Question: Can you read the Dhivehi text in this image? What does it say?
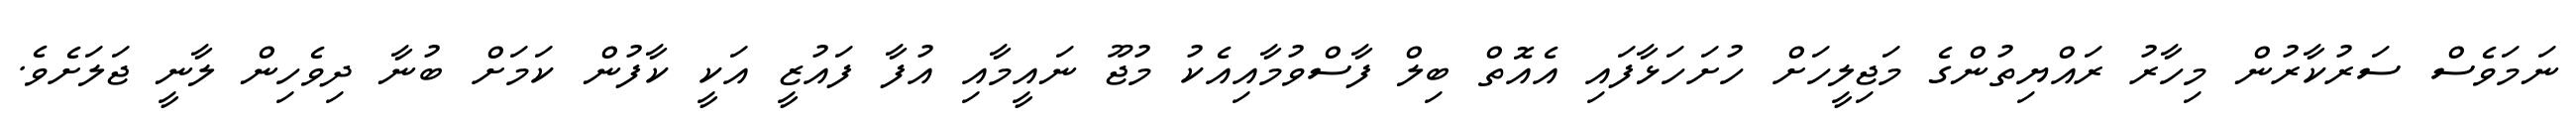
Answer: ނަމަވެސް ސަރުކާރުން މިހާރު ރައްޔިތުންގެ މަޖިލީހަށް ހުށަހަޅާފައި އެއޮތް ބިލް ފާސްވުމާއިއެކު މުޖޫ ނައީމާއި އުފާ ފައުޒީ އަކީ ކާފުން ކަމަށް ބުނާ ދިވެހިން ލާނީ ޖަލަށެވެ.